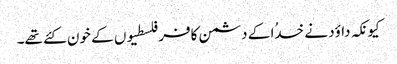
کیونکہ داؤد نے خدُا کے دشمن کافر فلسطیوں کے خون کئے تھے۔